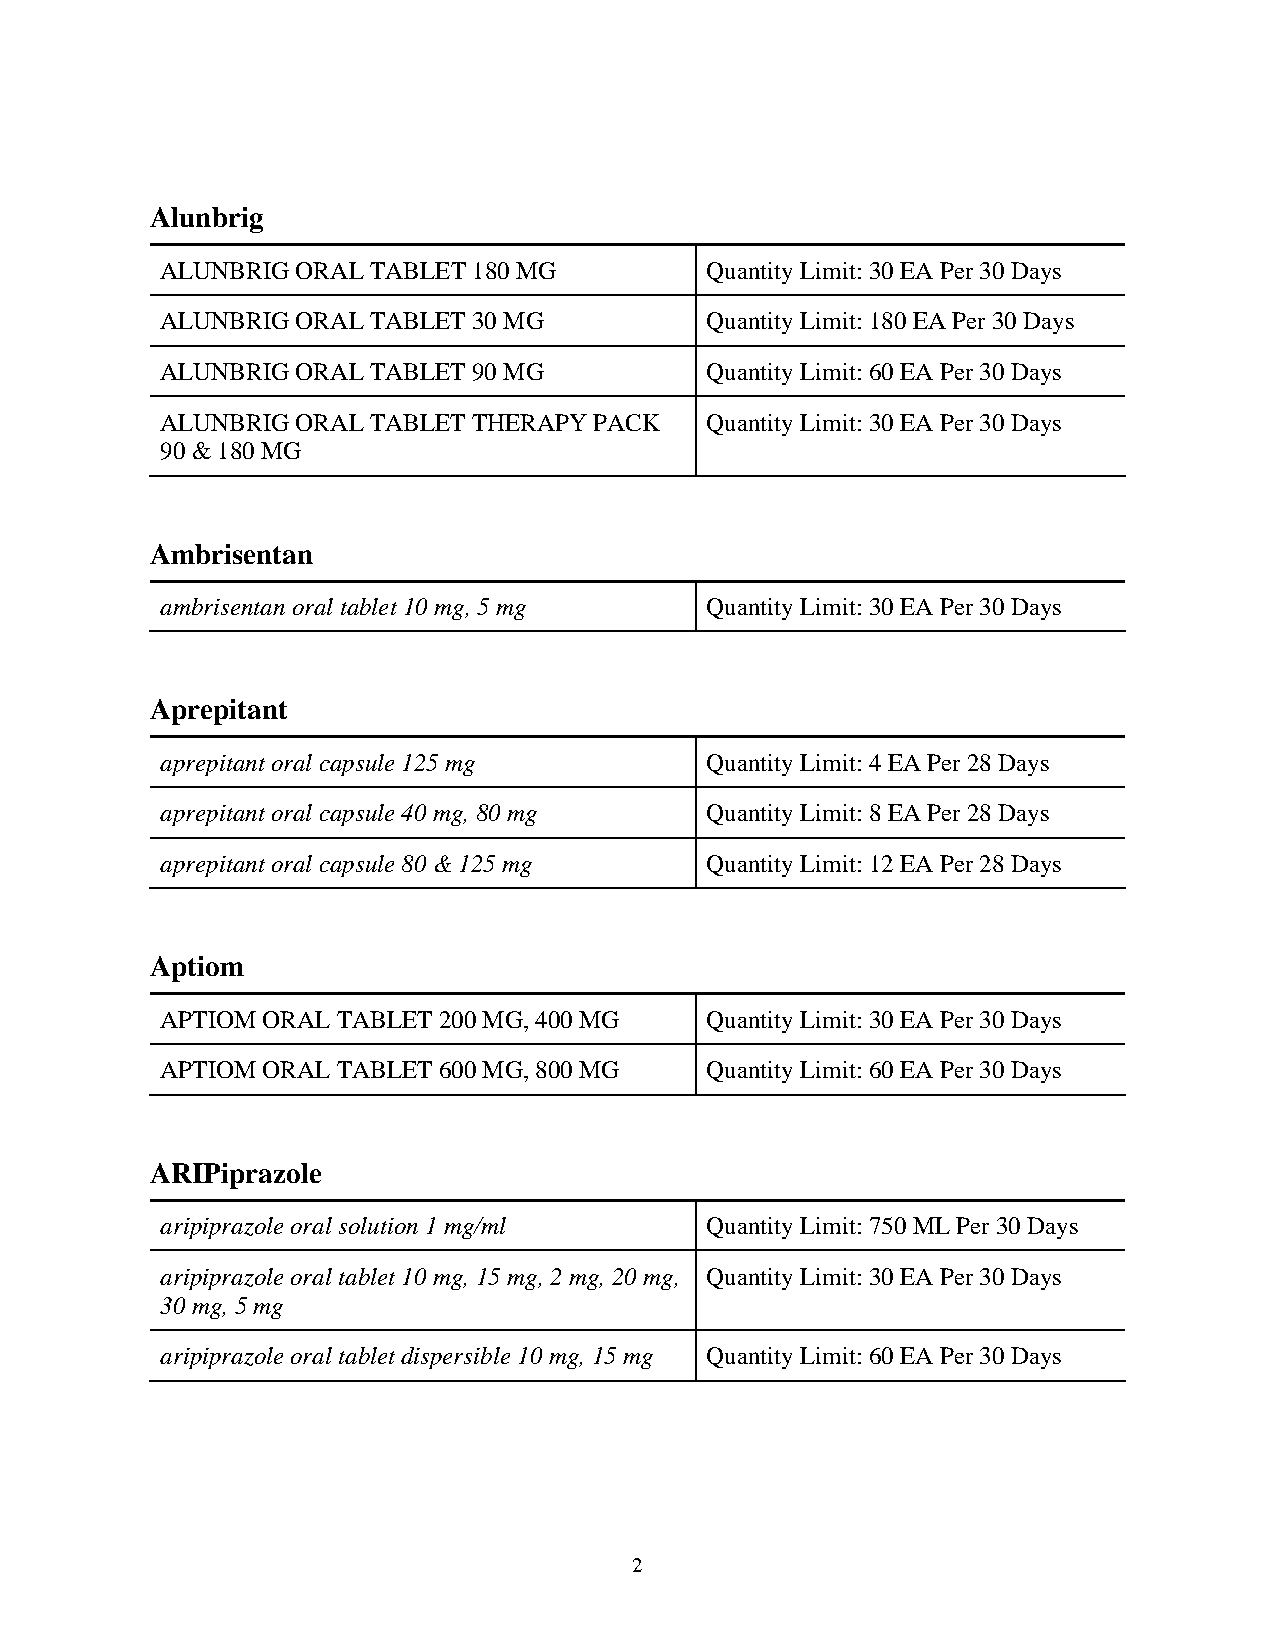
Alunbrig
 ALUNBRIG ORAL TABLET 180 MG         Quantity Limit: 30 EA Per 30 Days
 ALUNBRIG ORAL TABLET 30 MG          Quantity Limit: 180 EA Per 30 Days
 ALUNBRIG ORAL TABLET 90 MG          Quantity Limit: 60 EA Per 30 Days
 ALUNBRIG ORAL TABLET THERAPY PACK   Quantity Limit: 30 EA Per 30 Days
 90 & 180 MG
 Ambrisentan
 ambrisentan oral tablet 10 mg, 5 mg Quantity Limit: 30 EA Per 30 Days
 Aprepitant
 aprepitant oral capsule 125 mg      Quantity Limit: 4 EA Per 28 Days
 aprepitant oral capsule 40 mg, 80 mg Quantity Limit: 8 EA Per 28 Days
 aprepitant oral capsule 80 & 125 mg Quantity Limit: 12 EA Per 28 Days
 Aptiom
 APTIOM ORAL TABLET 200 MG, 400 MG   Quantity Limit: 30 EA Per 30 Days
 APTIOM ORAL TABLET 600 MG, 800 MG   Quantity Limit: 60 EA Per 30 Days
 ARIPiprazole
 aripiprazole oral solution 1 mg/ml  Quantity Limit: 750 ML Per 30 Days
 aripiprazole oral tablet 10 mg, 15 mg, 2 mg, 20 mg, Quantity Limit: 30 EA Per 30 Days
 30 mg, 5 mg
 aripiprazole oral tablet dispersible 10 mg, 15 mg Quantity Limit: 60 EA Per 30 Days
 2